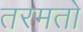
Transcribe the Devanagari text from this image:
तरमतो